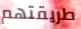
طريقتهم